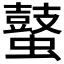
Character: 𪔖